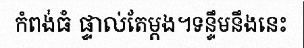
កំពង់ធំ ផ្ទាល់តែម្តង។ទន្ទឹមនឹងនេះ